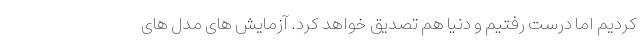
کردیم اما درست رفتیم و دنیا هم تصدیق خواهد کرد. آزمایش های مدل های